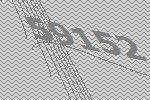
59152